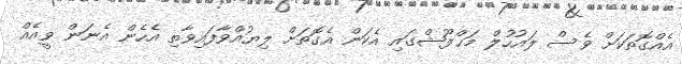
އެއްގޮތަކަށް ވެސް ލައުހުލް މަޙްފޫޝްގައި އެކަން އެގޮތަށް ލިޔުއްވާފައިވާތި އެހެން އެނަން ވީއެއް